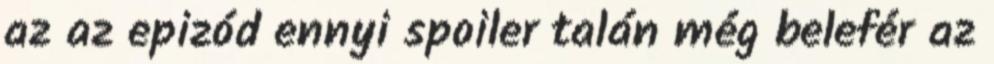
az az epizód ennyi spoiler talán még belefér az